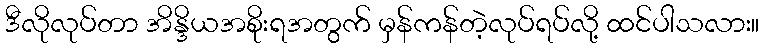
ဒီလိုလုပ်တာ အိန္ဒိယအစိုးရအတွက် မှန်ကန်တဲ့လုပ်ရပ်လို့ ထင်ပါသလား။